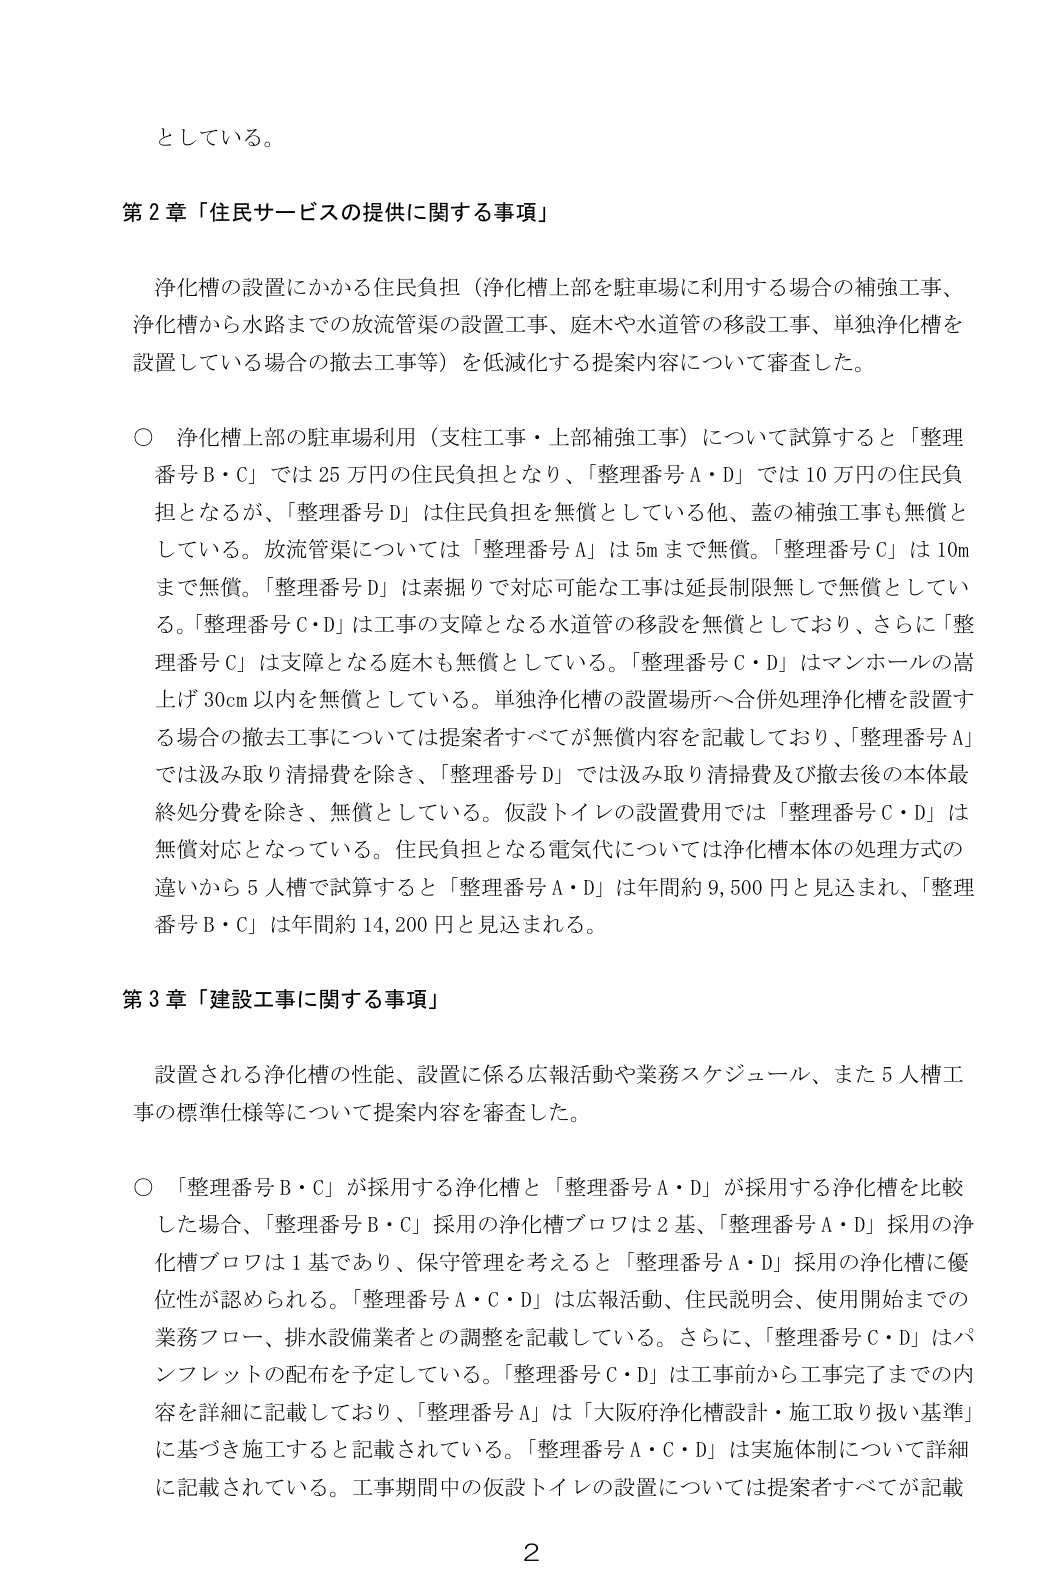
としている。

第2章「住民サービスの提供に関する事項」

浄化槽の設置にかかる住民負担（浄化槽上部を駐車場に利用する場合の補強工事、浄化槽から水路までの放流管渠の設置工事、庭木や水道管の移設工事、単独浄化槽を設置している場合の撤去工事等）を低減化する提案内容について審査した。

○ 浄化槽上部の駐車場利用（支柱工事・上部補強工事）について試算すると「整理番号B・C」では25万円の住民負担となり、「整理番号A・D」では10万円の住民負担となるが、「整理番号D」は住民負担を無償としている他、蓋の補強工事も無償としている。放流管渠については「整理番号A」は5mまで無償。「整理番号C」は10mまで無償。「整理番号D」は素掘りで対応可能な工事は延長制限無しで無償としている。「整理番号C・D」は工事の支障となる水道管の移設を無償としており、さらに「整理番号C」は支障となる庭木も無償としている。「整理番号C・D」はマンホールの嵩上げ30cm以内を無償としている。単独浄化槽の設置場所へ合併処理浄化槽を設置する場合の撤去工事については提案者すべてが無償内容を記載しており、「整理番号A」では汲み取り清掃費を除き、「整理番号D」では汲み取り清掃費及び撤去後の本体最終処分費を除き、無償としている。仮設トイレの設置費用では「整理番号C・D」は無償対応となっている。住民負担となる電気代については浄化槽本体の処理方式の違いから5人槽で試算すると「整理番号A・D」は年間約9,500円と見込まれ、「整理番号B・C」は年間約14,200円と見込まれる。

第3章「建設工事に関する事項」

設置される浄化槽の性能、設置に係る広報活動や業務スケジュール、また5人槽工事の標準仕様等について提案内容を審査した。

○ 「整理番号B・C」が採用する浄化槽と「整理番号A・D」が採用する浄化槽を比較した場合、「整理番号B・C」採用の浄化槽プロワは2基、「整理番号A・D」採用の浄化槽プロワは1基であり、保守管理を考えると「整理番号A・D」採用の浄化槽に優位性が認められる。「整理番号A・C・D」は広報活動、住民説明会、使用開始までの業務フロー、排水設備業者との調整を記載している。さらに、「整理番号C・D」はパンフレットの配布を予定している。「整理番号C・D」は工事前から工事完了までの内容を詳細に記載しており、「整理番号A」は「大阪府浄化槽設計・施工取り扱い基準」に基づき施工すると記載されている。「整理番号A・C・D」は実施体制について詳細に記載されている。工事期間中の仮設トイレの設置については提案者すべてが記載

2